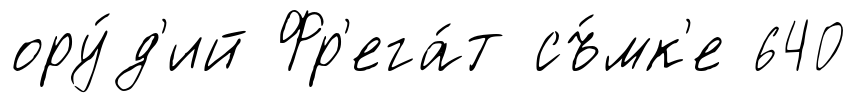
ору́д'ий Фр'ега́т съ́мк'е 640